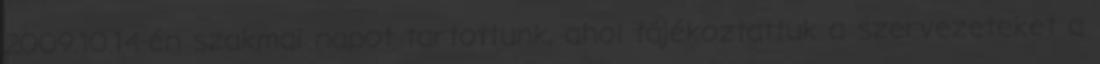
2009.10.14-én szakmai napot tartottunk, ahol tájékoztattuk a szervezeteket a